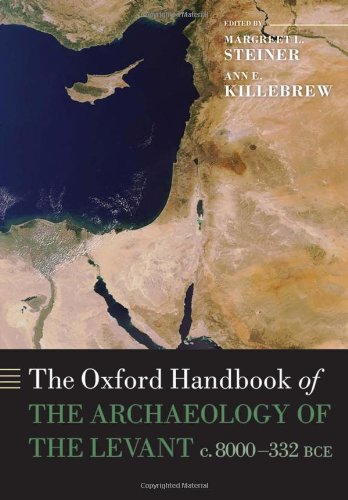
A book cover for The Oxford Handbook of the Archaeology of the Levant: c. 8000-332 BCE (Oxford Handbooks); History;